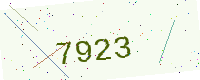
Text: 7923